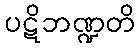
ပဋိဘဏ္ဍတိ